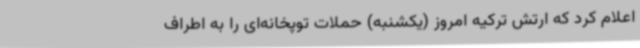
اعلام کرد که ارتش ترکیه امروز (یکشنبه) حملات توپخانه‌ای را به اطراف